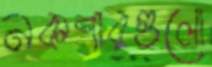
নকশারগুলো